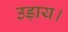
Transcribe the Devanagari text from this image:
उड़ाय।